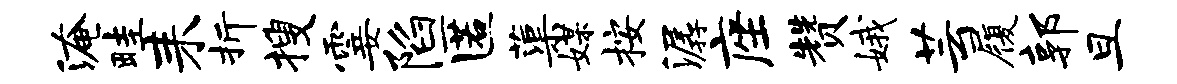
淹畦耒折搜霎陷匿蕖媒按潺座赞娥芸履郭旦